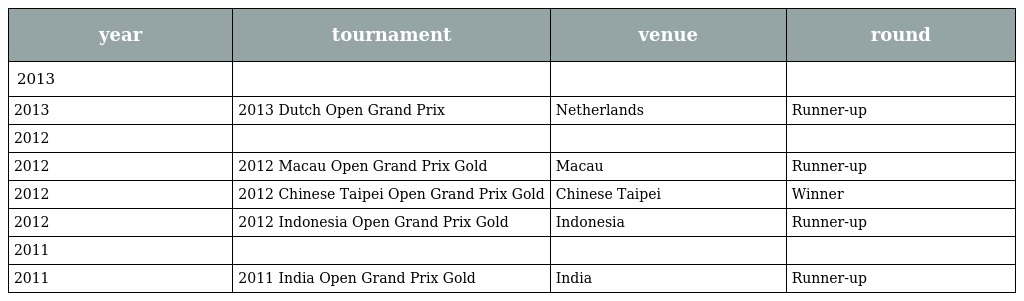
| year | tournament | venue | round |
 | --- | --- | --- | --- |
 | 2013 |  |  |  |
 | 2013 | 2013 Dutch Open Grand Prix | Netherlands | Runner-up |
 | 2012 |  |  |  |
 | 2012 | 2012 Macau Open Grand Prix Gold | Macau | Runner-up |
 | 2012 | 2012 Chinese Taipei Open Grand Prix Gold | Chinese Taipei | Winner |
 | 2012 | 2012 Indonesia Open Grand Prix Gold | Indonesia | Runner-up |
 | 2011 |  |  |  |
 | 2011 | 2011 India Open Grand Prix Gold | India | Runner-up |